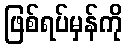
ဖြစ်ရပ်မှန်ကို